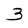
Character: 3